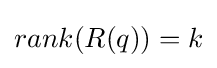
rank(R(q))=k